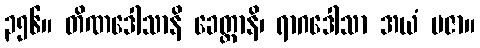
၃၅၆။ တိဏဒေါသာနိ ခေတ္တာနိ၊ ရာဂဒေါသာ အယံ ပဇာ။